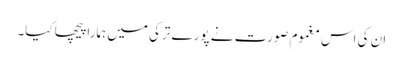
ان کی اس مغموم صورت نے پورے ترکی میں ہمارا پیچھا کیا۔